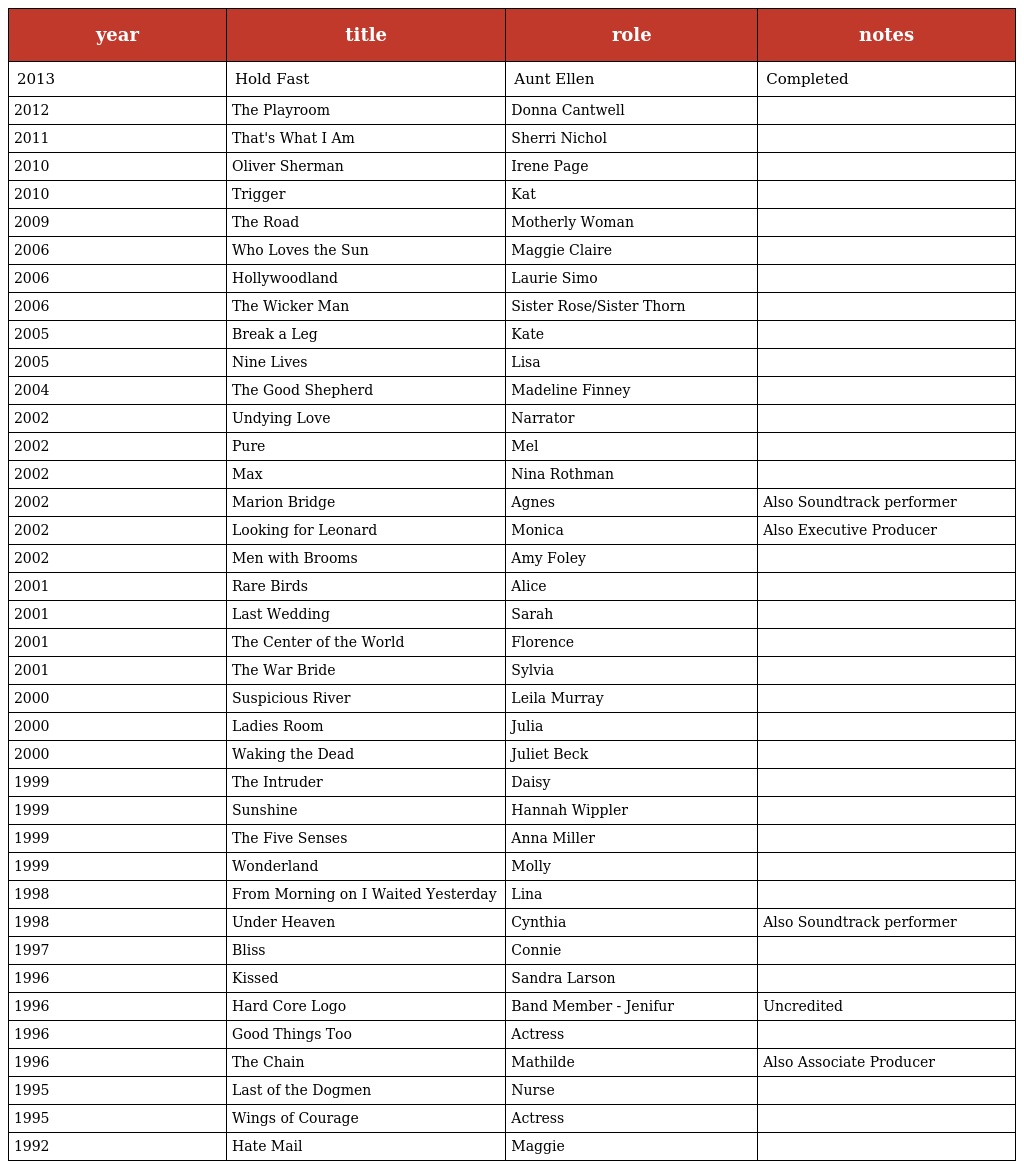
| year | title | role | notes |
 | --- | --- | --- | --- |
 | 2013 | Hold Fast | Aunt Ellen | Completed |
 | 2012 | The Playroom | Donna Cantwell |  |
 | 2011 | That's What I Am | Sherri Nichol |  |
 | 2010 | Oliver Sherman | Irene Page |  |
 | 2010 | Trigger | Kat |  |
 | 2009 | The Road | Motherly Woman |  |
 | 2006 | Who Loves the Sun | Maggie Claire |  |
 | 2006 | Hollywoodland | Laurie Simo |  |
 | 2006 | The Wicker Man | Sister Rose/Sister Thorn |  |
 | 2005 | Break a Leg | Kate |  |
 | 2005 | Nine Lives | Lisa |  |
 | 2004 | The Good Shepherd | Madeline Finney |  |
 | 2002 | Undying Love | Narrator |  |
 | 2002 | Pure | Mel |  |
 | 2002 | Max | Nina Rothman |  |
 | 2002 | Marion Bridge | Agnes | Also Soundtrack performer |
 | 2002 | Looking for Leonard | Monica | Also Executive Producer |
 | 2002 | Men with Brooms | Amy Foley |  |
 | 2001 | Rare Birds | Alice |  |
 | 2001 | Last Wedding | Sarah |  |
 | 2001 | The Center of the World | Florence |  |
 | 2001 | The War Bride | Sylvia |  |
 | 2000 | Suspicious River | Leila Murray |  |
 | 2000 | Ladies Room | Julia |  |
 | 2000 | Waking the Dead | Juliet Beck |  |
 | 1999 | The Intruder | Daisy |  |
 | 1999 | Sunshine | Hannah Wippler |  |
 | 1999 | The Five Senses | Anna Miller |  |
 | 1999 | Wonderland | Molly |  |
 | 1998 | From Morning on I Waited Yesterday | Lina |  |
 | 1998 | Under Heaven | Cynthia | Also Soundtrack performer |
 | 1997 | Bliss | Connie |  |
 | 1996 | Kissed | Sandra Larson |  |
 | 1996 | Hard Core Logo | Band Member - Jenifur | Uncredited |
 | 1996 | Good Things Too | Actress |  |
 | 1996 | The Chain | Mathilde | Also Associate Producer |
 | 1995 | Last of the Dogmen | Nurse |  |
 | 1995 | Wings of Courage | Actress |  |
 | 1992 | Hate Mail | Maggie |  |